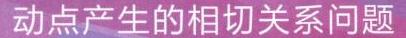
动点产生的相切关系问题